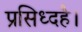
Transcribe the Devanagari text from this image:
प्रसिध्दहै।